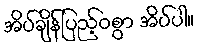
အိပ်ချိန်ပြည့်ဝစွာ အိပ်ပါ။